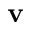
\mathbf { v }